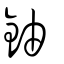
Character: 鈾